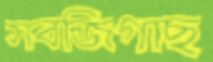
সবজিগাছ